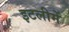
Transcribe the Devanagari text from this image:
इटलीमें